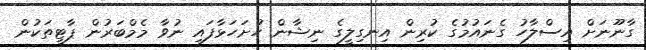
ގާނޫނަށް އިސްލާހު ގެނައުމުގެ ކުރިން އިނގިލީގެ ނިޝާން ހުށަހަޅާފައި ނުވާ މެމްބަރުން ޕާޓީތަކުން